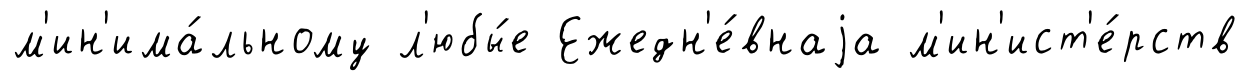
м'ин'има́льному л'юбы́е Ежедн'е́внаjа м'ин'ист'е́рств